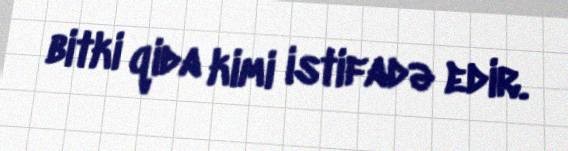
bitki qida kimi istifadə edir.